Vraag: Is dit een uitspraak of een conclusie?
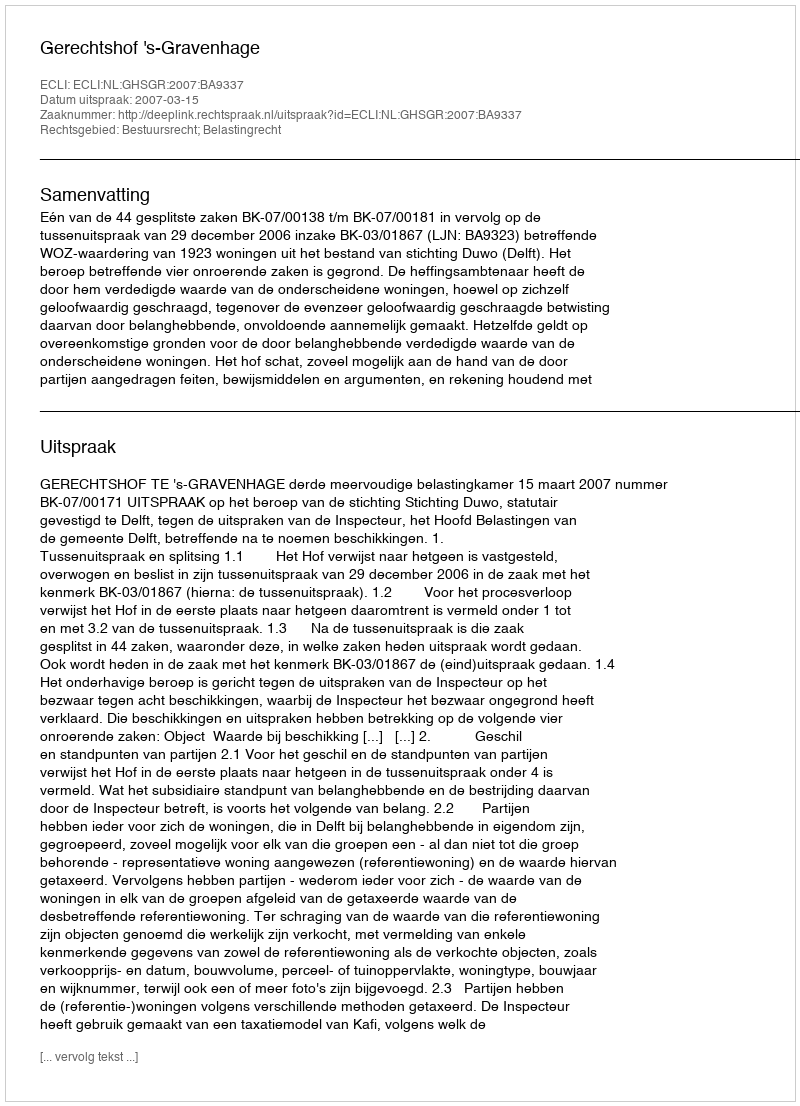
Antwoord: Uitspraak